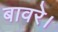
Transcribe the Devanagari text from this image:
बावरे।